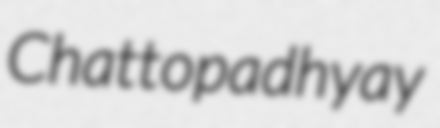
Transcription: Chattopadhyay